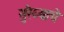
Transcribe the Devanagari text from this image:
सुरैय्याचे